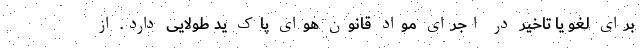
برای لغو یا تاخیر در اجرای مواد قانون هوای پاک ید طولایی دارد. از